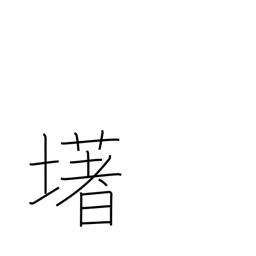
Meaning: (ghost kanji)